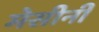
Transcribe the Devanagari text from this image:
मेसीनी